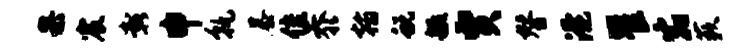
果宸彰申孰暴隹忝翰蜕毓贾替淹瞿宿蔌